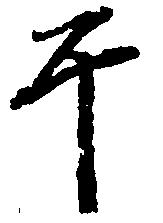
于